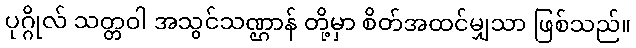
ပုဂ္ဂိုလ် သတ္တဝါ အသွင်သဏ္ဌာန် တို့မှာ စိတ်အထင်မျှသာ ဖြစ်သည်။